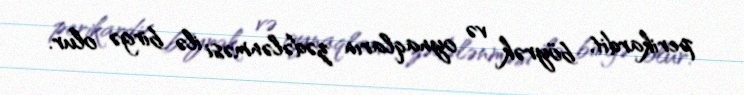
perikardit, böyrək və oynaqların zədələnməsi ilə birgə olur.